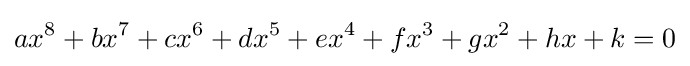
ax^{8}+bx^{7}+cx^{6}+dx^{5}+ex^{4}+fx^{3}+gx^{2}+hx+k=0